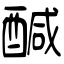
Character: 醎